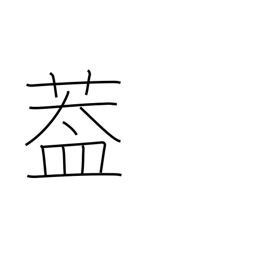
Meaning: flap